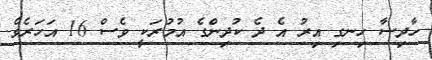
ހާދިސާ ހިނގި އިރު އެ ދެ ކުދިންގެ އުމުރަކީ ވެސް 16 އަހަރެވެ.